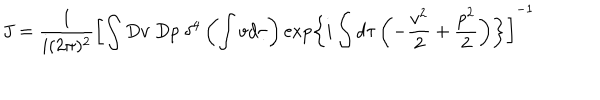
J = \frac { 1 } { i ( 2 \pi ) ^ { 2 } } \left[ \int D v \; D p \; \delta ^ { 4 } \left( \int v d \tau \right) \exp \left\{ i \int d \tau \left( - \frac { v ^ { 2 } } { 2 } + \frac { p ^ { 2 } } { 2 } \right) \right\} \right] ^ { - 1 }